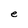
Character: e